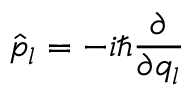
\hat { p } _ { l } = - i \hbar \frac { \partial } { \partial q _ { l } }